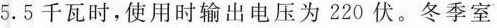
5.5千瓦时，使用时输出电压为220伏。冬季室